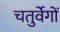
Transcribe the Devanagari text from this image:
चतुर्वेगों